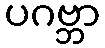
ပဂဗ္ဘာ